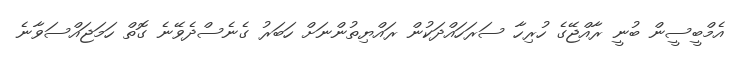
އެމްބީސީން ބުނީ ރާއްޖޭގެ ހުރިހާ ސަރަހައްދަކުން ރައްޔިތުންނަށް ހަބަރު ގެނެސްދެވޭނެ ގޮތް ހަމަޖައްސަވާނެ